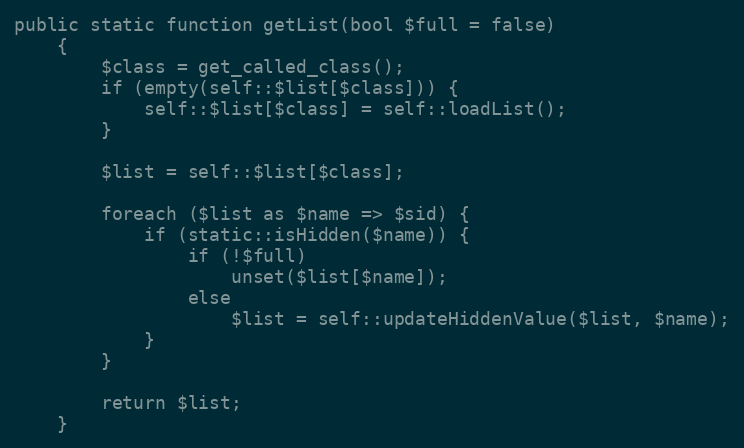
Language: PHP
public static function getList(bool $full = false)
    {
        $class = get_called_class();
        if (empty(self::$list[$class])) {
            self::$list[$class] = self::loadList();
        }

        $list = self::$list[$class];

        foreach ($list as $name => $sid) {
            if (static::isHidden($name)) {
                if (!$full)
                    unset($list[$name]);
                else
                    $list = self::updateHiddenValue($list, $name);
            }
        }

        return $list;
    }